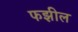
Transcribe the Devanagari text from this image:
फझील